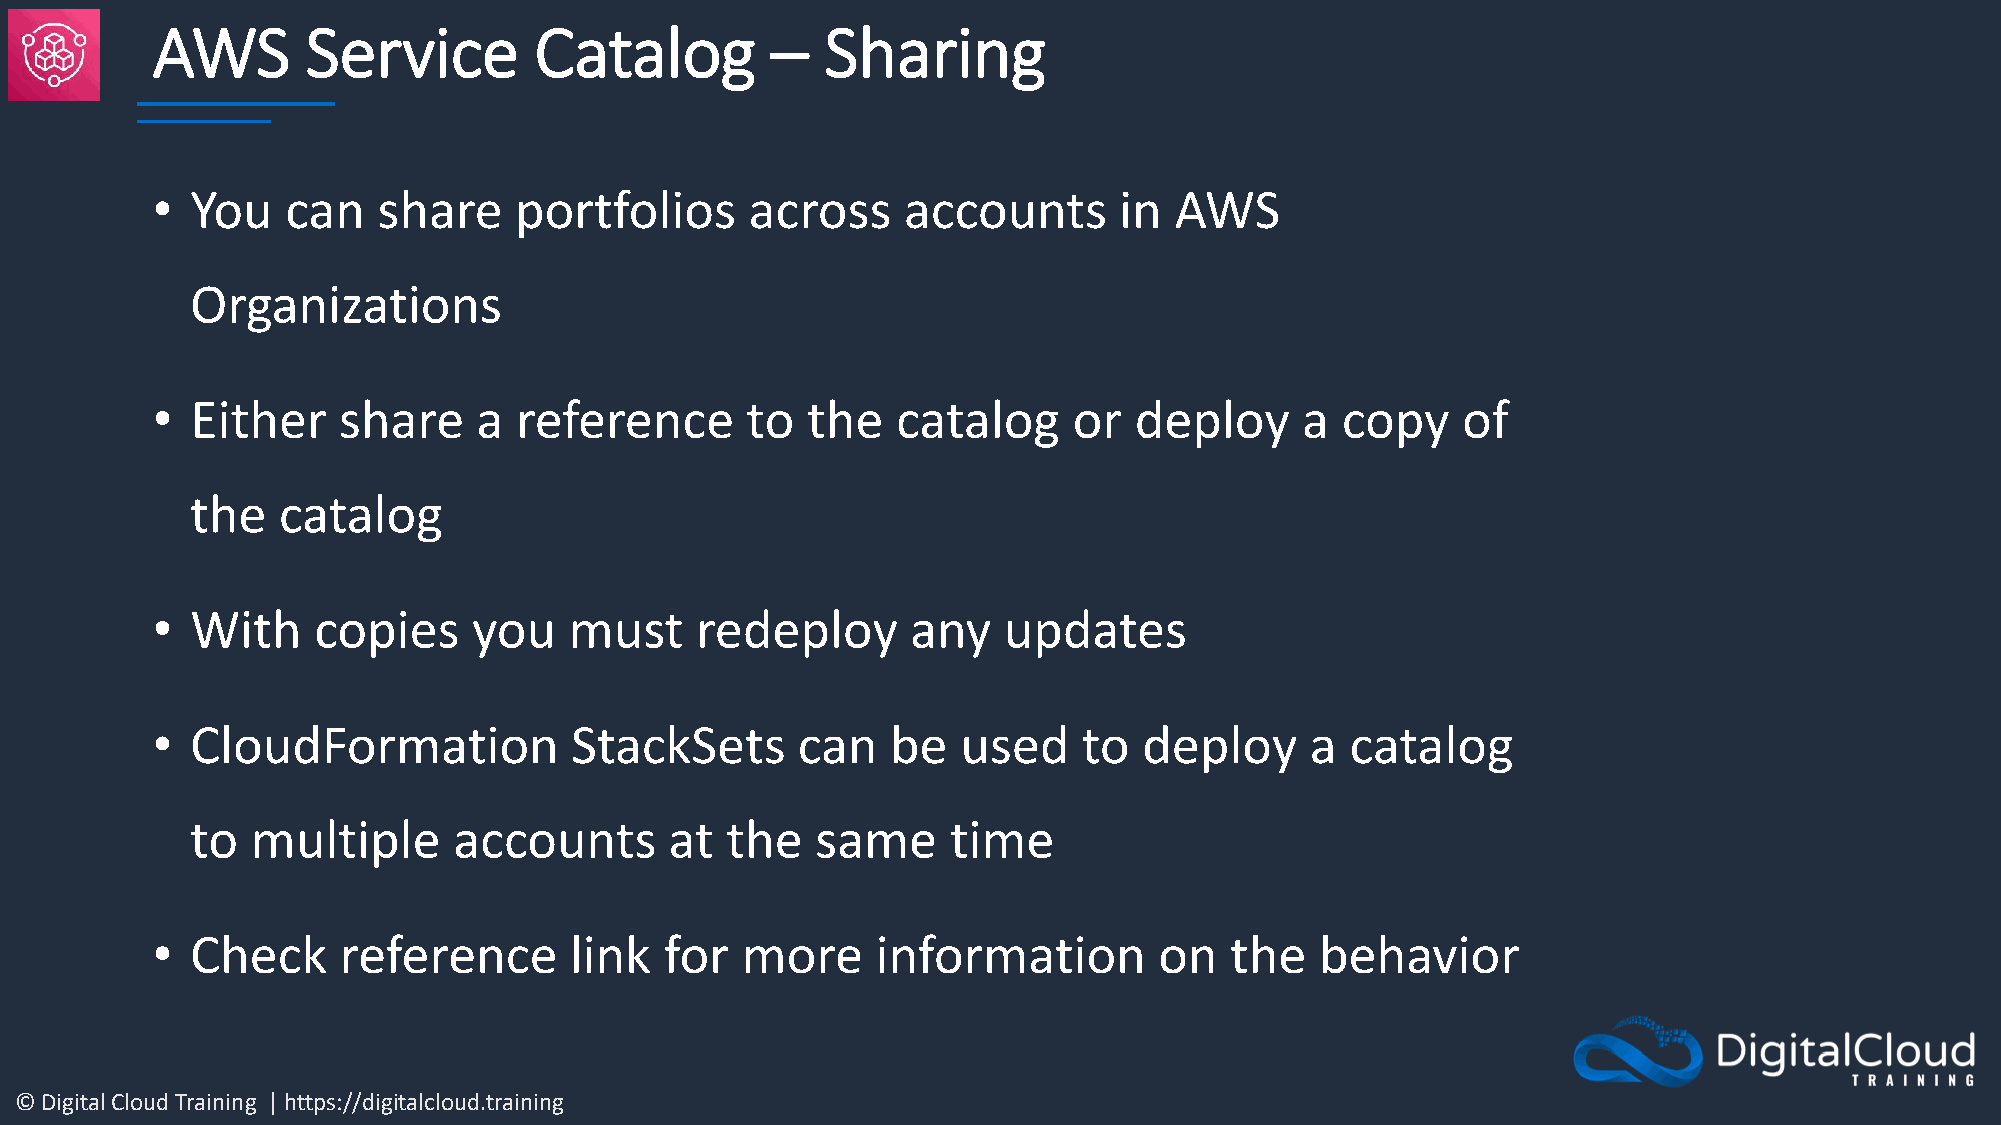
AWS       Service        Catalog         –   Sharing
 •  You   can   share    portfolios      across    accounts      in  AWS
 Organizations
 •  Either   share     a reference      to  the   catalog     or  deploy     a  copy    of
 the  catalog
 •  With    copies    you    must    redeploy      any   updates
 •  CloudFormation           StackSets      can   be   used    to  deploy     a catalog
 to  multiple     accounts      at  the   same     time
 •  Check    reference       link  for  more     information        on  the   behavior
 © Digital Cloud Training | https://digitalcloud.training